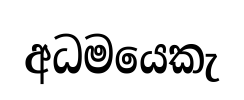
අධමයෙකැ